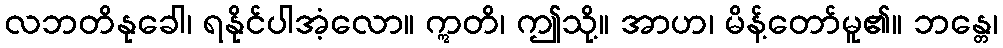
လဘတိနုခေါ၊ ရနိုင်ပါအံ့လော။ ဣတိ၊ ဤသို့။ အာဟ၊ မိန့်တော်မူ၏။ ဘန္တေ၊